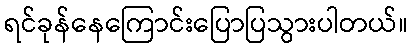
ရင်ခုန်နေကြောင်းပြောပြသွားပါတယ်။